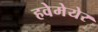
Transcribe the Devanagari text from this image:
हवेमेयेर